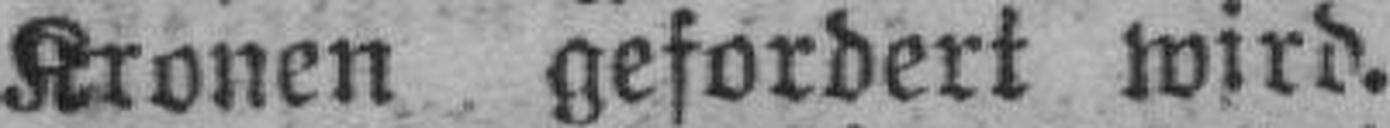
Kronen gefordert wird.